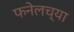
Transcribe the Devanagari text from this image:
फनेलच्या